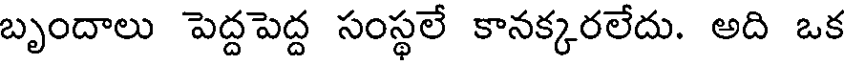
బృందాలు పెద్దపెద్ద సంస్థలే కానక్కరలేదు. అది ఒక